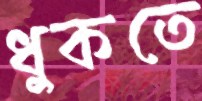
ধুকতে